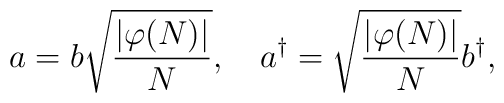
a = b \sqrt{\frac{|\varphi (N)|}{N}},  \quad    a^{\dagger} =\sqrt{\frac{|\varphi (N)|}{N}} b^{\dagger},